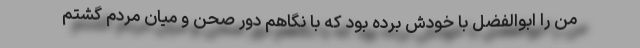
من را ابوالفضل با خودش برده بود که با نگاهم دور صحن و میان مردم گشتم